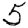
Digit: 5